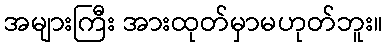
အများကြီး အားထုတ်မှာမဟုတ်ဘူး။